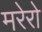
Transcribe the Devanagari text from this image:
मरेरो